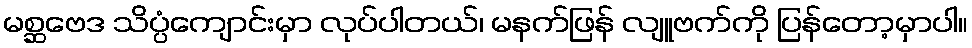
မစ္ဆဗေဒ သိပ္ပံကျောင်းမှာ လုပ်ပါတယ်၊ မနက်ဖြန် လျူဗက်ကို ပြန်တော့မှာပါ။